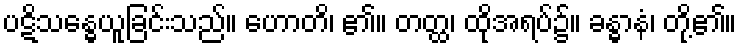
ပဋိသန္ဓေယူခြင်းသည်။ ဟောတိ၊ ၏။ တတ္ထ၊ ထိုအရပ်၌။ ခန္ဓာနံ၊ တို့၏။